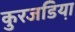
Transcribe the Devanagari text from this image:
कुरजडिया़